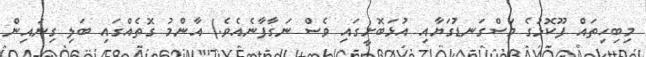
މިބިހިތައް ފޫކޮޅުގެ މަސްގަނޑުގަޔާއި އުޅަބޮށީގައި ވެސް ނަގާފާނެއެވެ.) އާންމު ގޮތެއްގައި ބަލި ގިނައިން